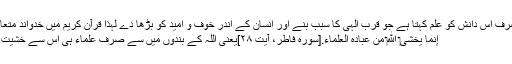
لیکن اسلام صرف اس دانش کو علم کہتا ہے جو قرب الہٰی کا سبب بنے اور انسان کے اندر خوف و امید کو بڑھا دے لہذا قرآن کریم میں خدواند متعال فرماتا ہے:
إِنَّما يَخْشَى‏ اللَّهَ‏ مِنْ عِبادِهِ الْعُلَماء.[سورہ فاطر، آیت ۲۸]یعنی اللہ کے بندوں میں سے صرف علماء ہی اس سے خشیت رکھتے ہیں ۔